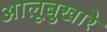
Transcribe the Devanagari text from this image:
आलूबुखारे